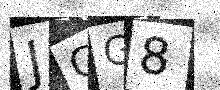
Text: JGG8